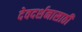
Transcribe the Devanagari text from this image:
देवदर्शनासाठी